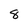
Character: 8